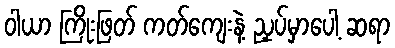
ဝါယာ ကြိုးဖြတ် ကတ်ကျေးနဲ့ ညှပ်မှာပေါ့ ဆရာ